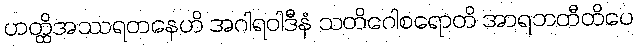
ဟတ္ထိအဿရတနေဟိ အဂါရဝါဒီနံ သတိဂေါစရောတိ အာရဘတီတိပေ